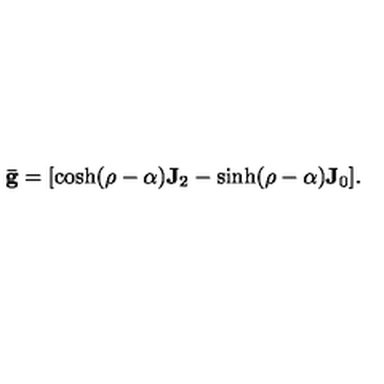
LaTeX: \mathbf { \bar { g } } = [ \cosh ( \rho - \alpha ) \mathbf { J } _ { 2 } - \sinh ( \rho - \alpha ) \mathbf { J } _ { 0 } ] .